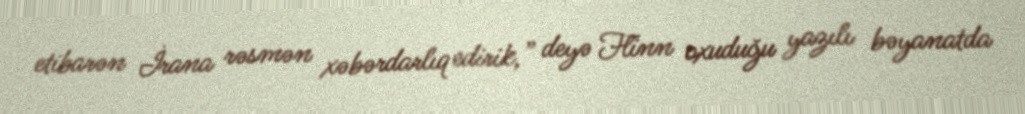
etibarən İrana rəsmən xəbərdarlıq edirik,” deyə Flinn oxuduğu yazılı bəyanatda